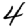
Digit: 4